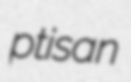
ptisan